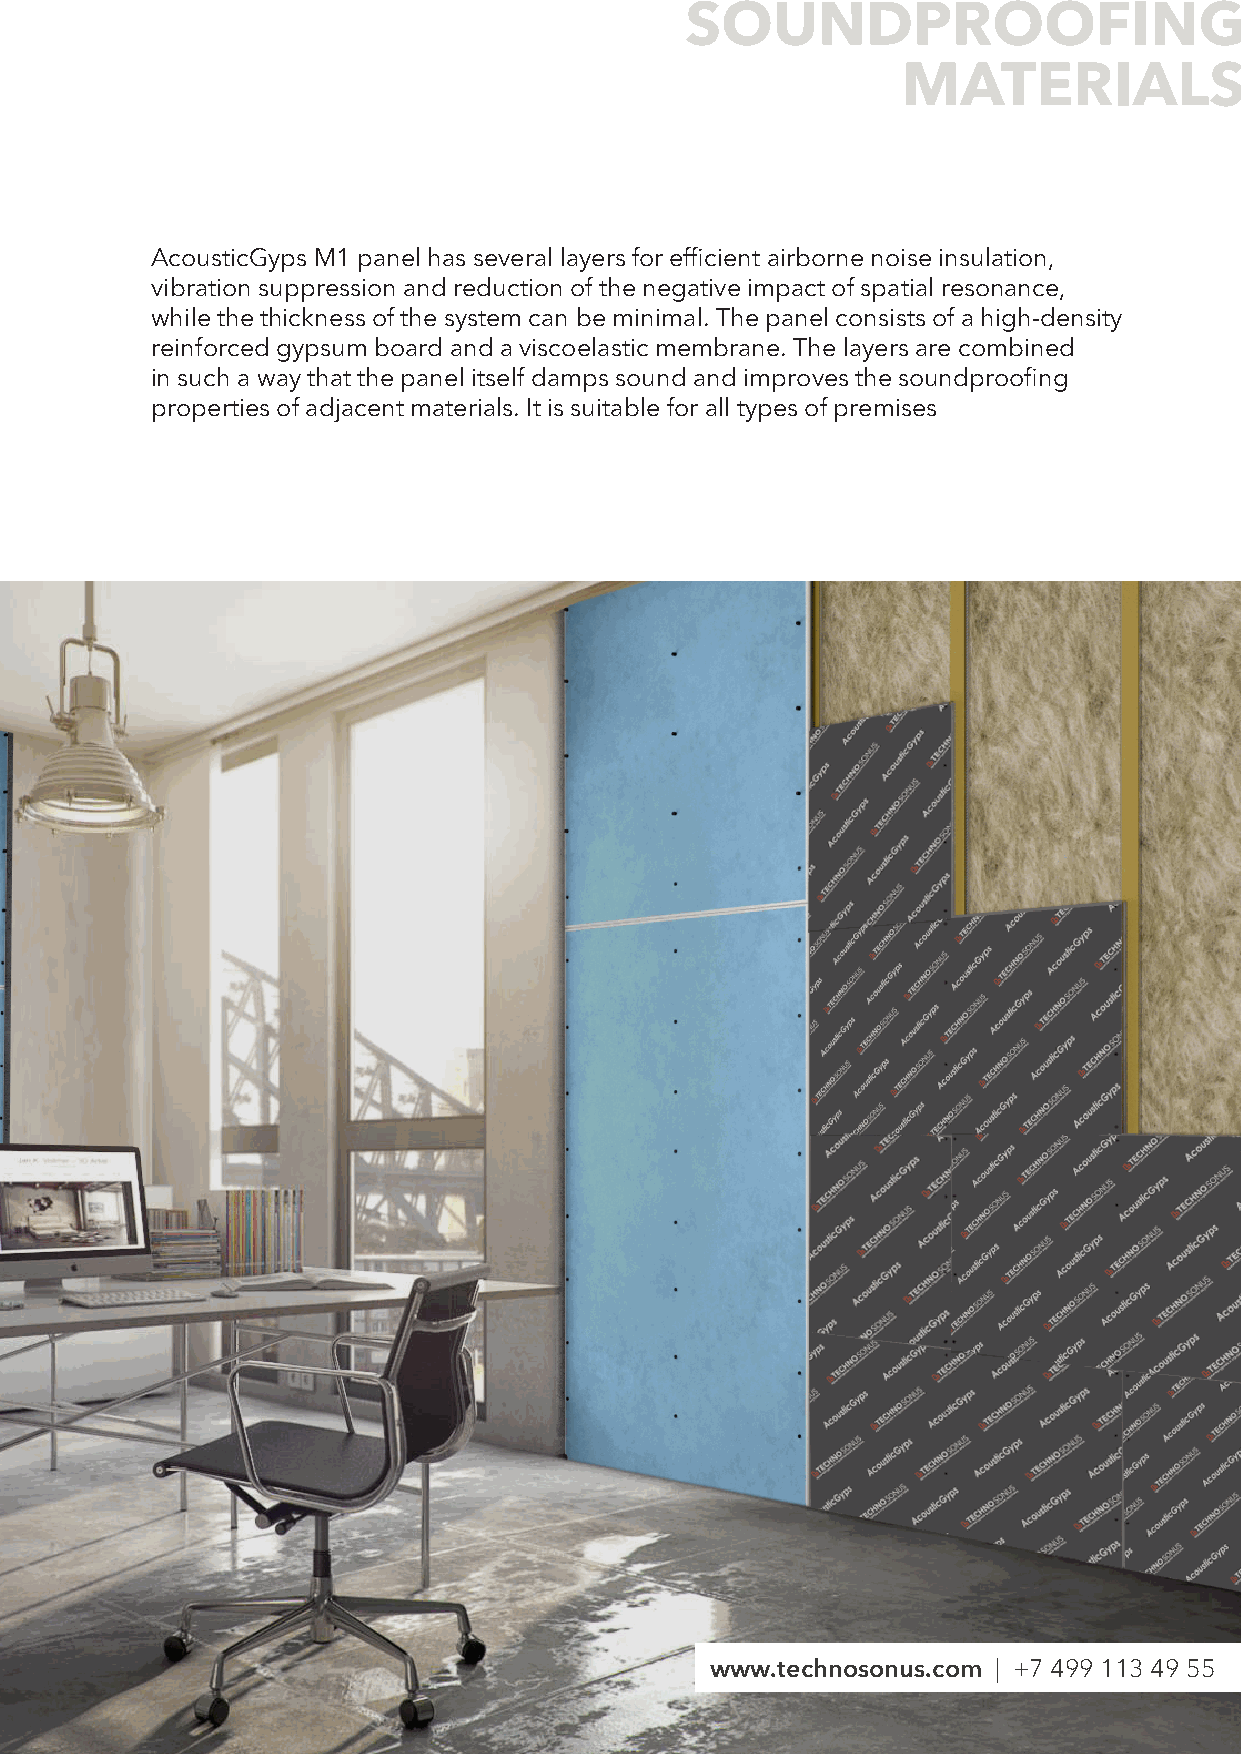
SOUNDPROOFING
 MATERIALS
 AcousticGyps M1 panel has several layers for efficient airborne noise insulation,
 vibration suppression and reduction of the negative impact of spatial resonance,
 while the thickness of the system can be minimal. The panel consists of a high-density
 reinforced gypsum board and a viscoelastic membrane. The layers are combined
 in such a way that the panel itself damps sound and improves the soundproofing
 properties of adjacent materials. It is suitable for all types of premises
 www.technosonus.com | +7 499 113 49 55